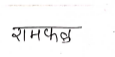
मजकूर: रामफळ